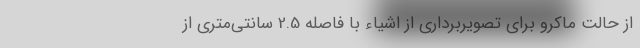
از حالت ماکرو برای تصویربرداری از اشیاء با فاصله 2.5 سانتی‌متری از